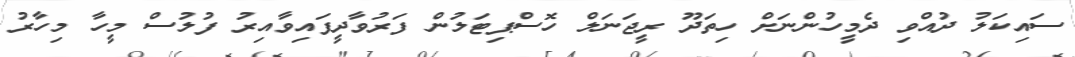
ސައިކަލު ދުއްވި ދެމީހުންނަށް ހިތަދޫ ރީޖަނަލް ހޮސްޕިޓަލުން ފަރުވާދީފައިވާއިރު ފުލުސް މީހާ މިހާރު